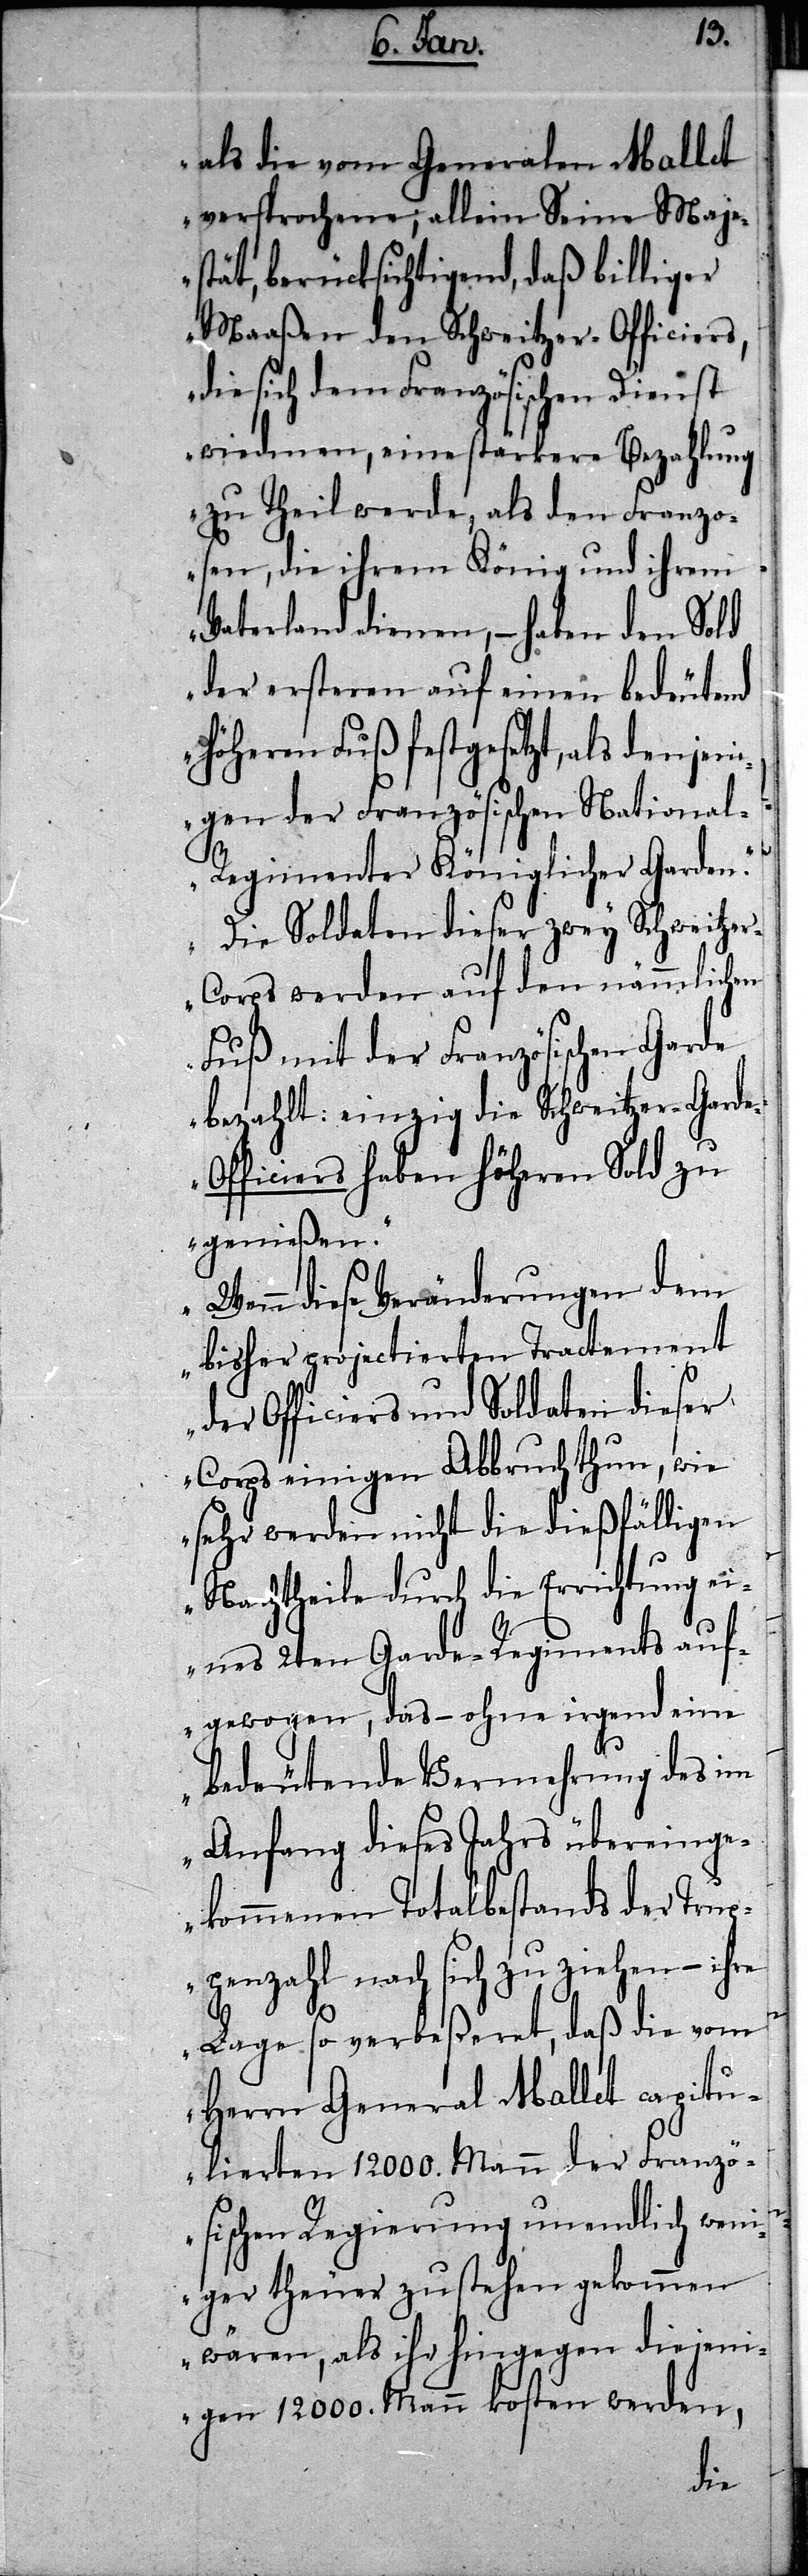
e-O¬
als die vom Generalen Mallet
versprochene; allein Seine Maje¬
stät, berücksichtigend, daß billiger
Maaßen den Schweitzer-Officiers,
die sich dem Französischen Dienst
wiedmen, eine stärkere Bezahlung
zu Theil werde, als den Franzo¬
sen, die ihrem König und ihrem
Vaterland dienen, – haben den Sold
der ersteren auf einen bedeutend
höheren Fuß festgesetzt, als denjeni¬
gen der Französischen Nationa¬
l-Regimenter Königlicher Garden.“
„Die Soldaten dieser zwey Schweitze¬
r-Corps werden auf den nämmlichen
Fuß mit der Französischen Garde
bezahlt: einzig die Schweitzer-Gard¬
fficiers haben höheren Sold zu
genießen.“
diese Veränderungen dem
bisher projectierten Tractement
der Officiers und Soldaten dieser
Corps einigen Abbruch thun, wie
sehr werden nicht die dießfälligen
Nachtheile durch die Errichtung ei¬
nes 2ten Garde-Regiments auf¬
gewogen, das – ohne irgend eine
bedeutende Vermehrung des im
Anfang dieses Jahres übereinge¬
kommenen Totalbestands der Trup¬
penzahl nach sich zu ziehen – ihre
Lage so verbeßeret, daß die vom
Herrn General Mallet capitu¬
lierten 12000. Mann der Franzö¬
sischen Regierung unendlich wen¬
iger theuer zu stehen gekommen
wären, als ihr hingegen diejeni¬
gen 12000. Mann kosten werden,